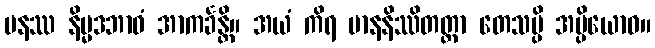
ပနဿ နိမ္မဒဘာဝံ အာကင်္ခန္တိ။ အယံ ကိရ မာနနိဿိတတ္တာ တေသမ္ပိ အပ္ပိယောဝ။